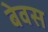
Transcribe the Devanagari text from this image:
बेवस